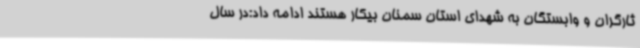
ثارگران و وابستگان به شهدای استان سمنان بیکار هستند ادامه داد:در سال